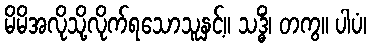
မိမိအလိုသို့လိုက်ရသောသူနှင့်။ သဒ္ဓိံ၊ တကွ။ ပါပံ၊